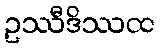
ဥဿီဒိဿထ